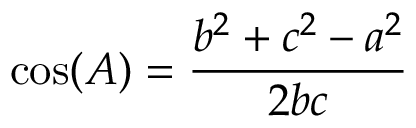
\cos ( A ) = { \frac { b ^ { 2 } + c ^ { 2 } - a ^ { 2 } } { 2 b c } }